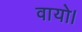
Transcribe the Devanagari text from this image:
वायो।